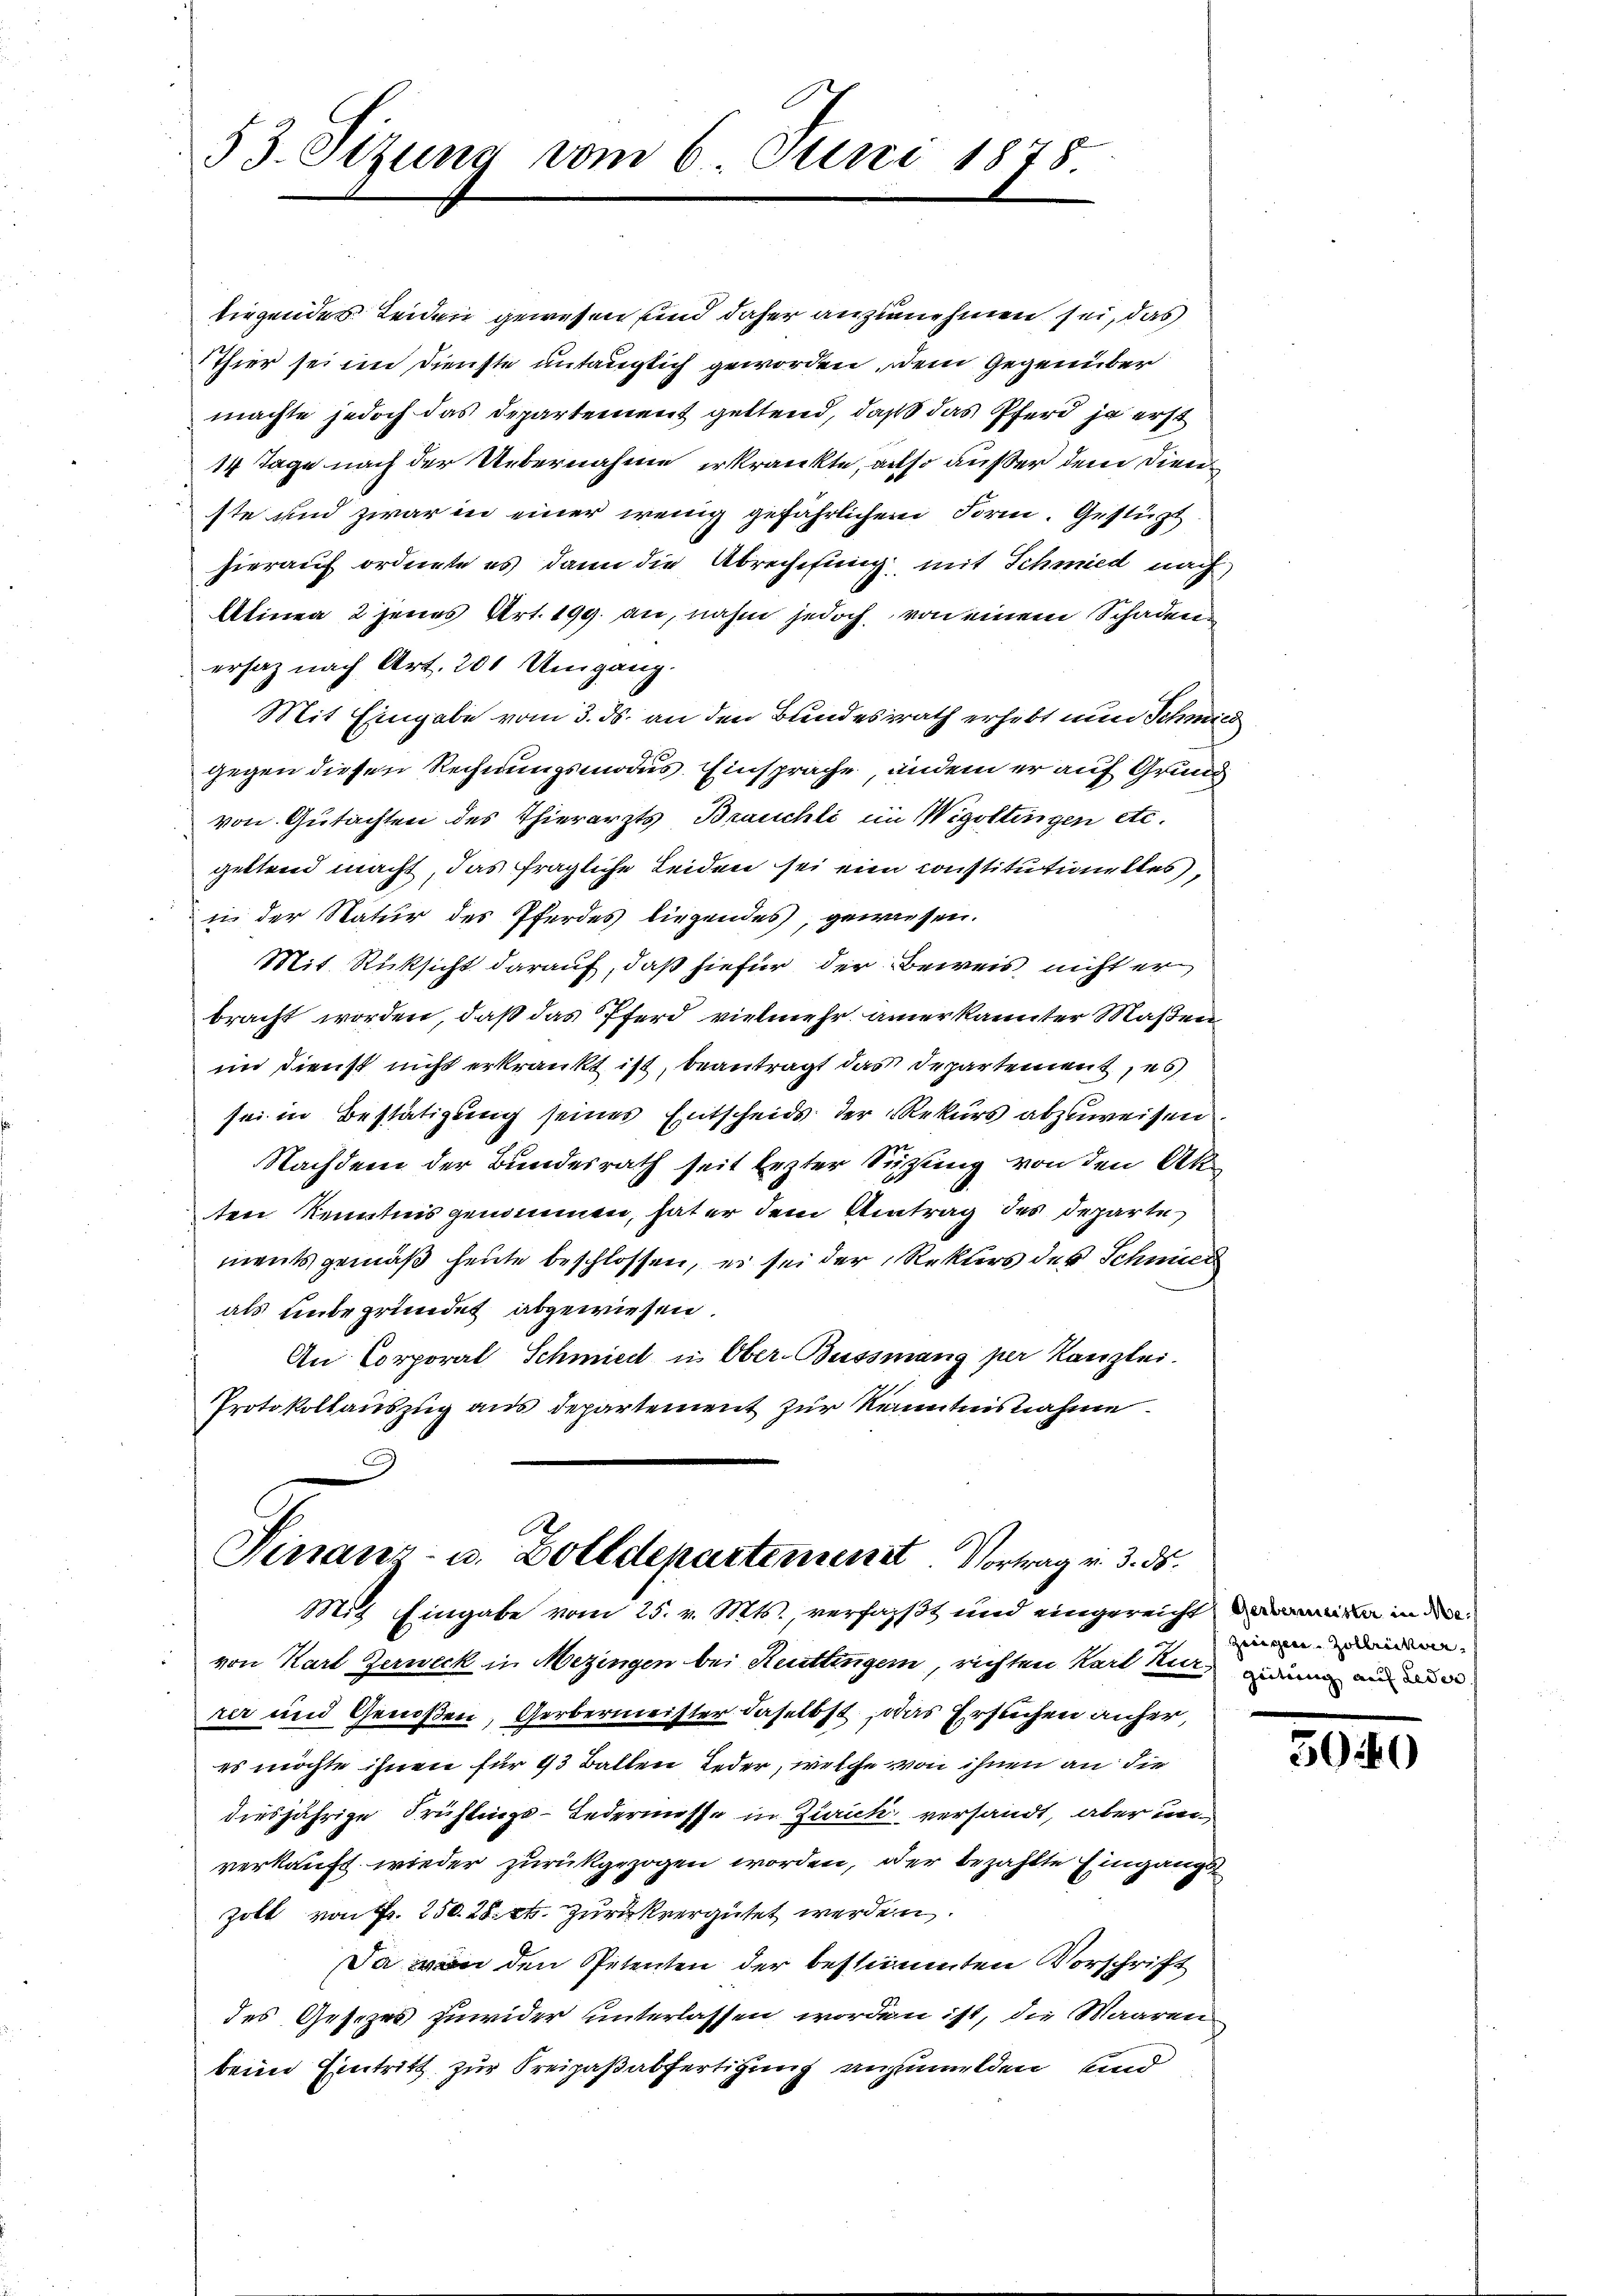
53. Sizung vom 6. Juni 1878.

tirgendes Leiden gewesen sind daher anzunehmen sei, das
Thier sei im Dienste untauglich geworden, dem Gegenüber
machte jedoch das Departement geltend, daß das Pferd ja erst
14 Tage nach der Uebernahme erkrankte, also außer dem Dienste und zwar in einer wenig gefährlichen Form. Gestürzt
hierauf ordnete es dann die Abrechefung mit Schmied nach
Alinea 2 jenes Art. 199. an, nahm jedoch von einem Schaden
ersaz nach Art. 201 Umgang.
Mit Eingabe vom 3. ds. an den Bundesrath erhebt nun Schmied
gegen diesen Rechnungsmodus Einsprache, undem er auf Grund
von Gutachten des Thierarzts Brauchli im Wigoltingen etc.
geltend macht, das fragliche Leiden sei ein constitutionelles,
in der Natur des Pferdes liegendes, gewiesen.
Mit Rücksicht darauf, daß hiefür der Beweis nicht er
bracht worden, daß das Pferd vielmehr anerkannter Maßen
im Dienst nicht erkrankt ist, beantragt das Departement, es
sei in Bestätigung seines Entscheids der Rekurs abzuweisen.
Nachdem der Bundesrath seit lezter Süssung von den Akt
ten Kenntnis genommen, hat er dem Antrag des Departe
ments gemäß heute beschlossen, es sei der Rekurs der Schmid
als unbegründet abgewiesen.
An Corporal Schmied in Ober-Bussmang per Kanzlei.
Protokollauszug aus departement zur Kenntnisnahme

Finanz- u. Zolldepartement Vortrag v. 3. ds.
Mit Eingabe vom 25. v. Mts., verfasst und eingereicht mit in der

von Karl Zerweck in Mezingen bei Reutlingen, richten Karl hier anden an e
rer und Genoßen, Gerbermeister daselbst, das Ersuchen anfer,
es möchte ihnen für 13 Ballen jeder, welche von ihnen an die
diesjährige Frühlings-Ledermesse in Zürich versandt, aber unverkauft wieder zurückgezogen worden, der bezahlte Eingangs
zoll von Fr. 250. 28. et. zurückvergütet werden.
Da von den Petenten der bestimmten Vorschrift
des Gesezes zuwider unterlassen worden ist, die Waaren
beim Eintritt zur Kreizaßabfertigung anzumelden und

Zeigen Zollrichter- |

2040